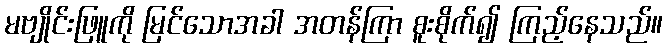
မဗျိုင်းဖြူကို မြင်သောအခါ အတန်ကြာ စူးစိုက်၍ ကြည့်နေသည်။